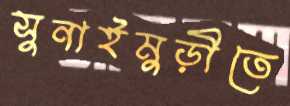
সুনাইমুড়ীতে